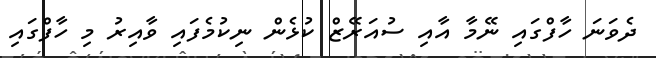
ދެވަނަ ހާފްގައި ނޭމާ އާއި ސުއަރޭޒް ކުޅެން ނިކުމެފައި ވާއިރު މި ހާފްގައި